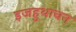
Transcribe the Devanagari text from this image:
इजहुथाचन